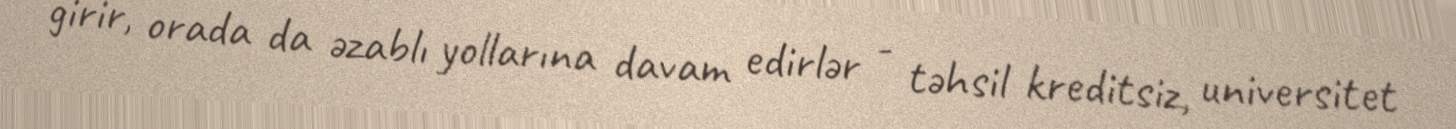
girir, orada da əzablı yollarına davam edirlər - təhsil kreditsiz, universitet